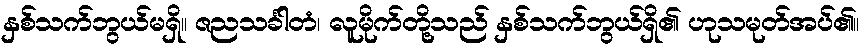
နှစ်သက်ဘွယ်မရှိ။ ဇညသင်္ခါတံ၊ လူမိုက်တို့သည် နှစ်သက်ဘွယ်ရှိ၏ ဟုသမုတ်အပ်၏။